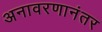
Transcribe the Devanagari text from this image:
अनावरणानंतर